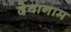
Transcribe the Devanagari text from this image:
देवानाम